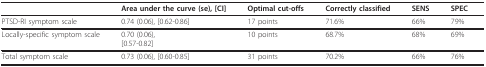
|  | Area under the curve (se), [CI] | Optimal cut-offs | Correctly classified | SENS | SPEC |
 | --- | --- | --- | --- | --- | --- |
 | PTSD-RI symptom scale | 0.74 (0.06), [0.62-0.86] | 17 points | 71.6% | 66% | 79% |
 | Locally-specific symptom scale | 0.70 (0.06),[0.57-0.82] | 10 points | 68.7% | 68% | 69% |
 | Total symptom scale | 0.73 (0.06), [0.60-0.85] | 31 points | 70.2% | 66% | 76% |